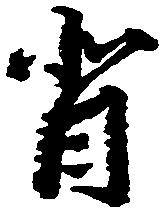
背